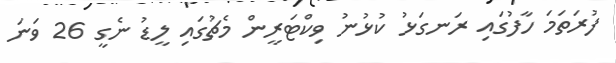
ފުރަތަމަ ހާފުގައި ރަނގަޅު ކުޅުނު ވިކްޓަރީން މެޗުގައި ލީޑު ނެގީ 26 ވަނަ